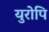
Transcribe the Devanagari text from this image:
युरोपि